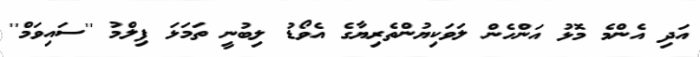
އަދި އެންމެ މޮޅު އަންހެން ލަވަކިޔުންތެރިޔާގެ އެވޯޑު ލިބުނީ ތަމަޅަ ފިލްމު ''ސައިވަމް''